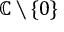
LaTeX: \mathbb { C } \setminus \{ 0 \}